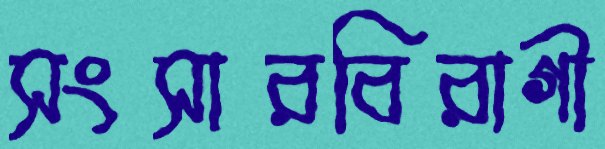
সংসারবিরাগী